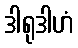
ဒါရုဒါဟံ